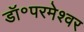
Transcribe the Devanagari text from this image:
डॉ॰परमेश्वर